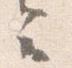
云